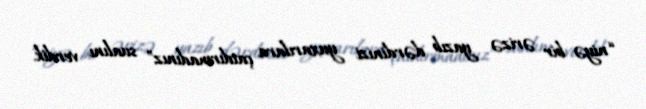
“niyə bir ərizə yazıb dərdinizi yuxarılara çatdırmadınız” sualını verdik.